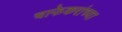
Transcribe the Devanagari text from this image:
चाफेकरांच्या